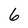
Character: 6